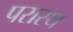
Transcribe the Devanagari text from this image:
परास्थ